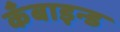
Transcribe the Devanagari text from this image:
कँबाइन्ड